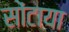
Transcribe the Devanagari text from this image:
सोंटाया